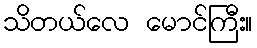
သိတယ်လေ မောင်ကြီး။